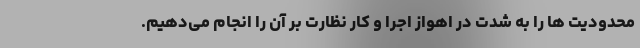
محدودیت ها را به شدت در اهواز اجرا و کار نظارت بر آن را انجام می‌دهیم.